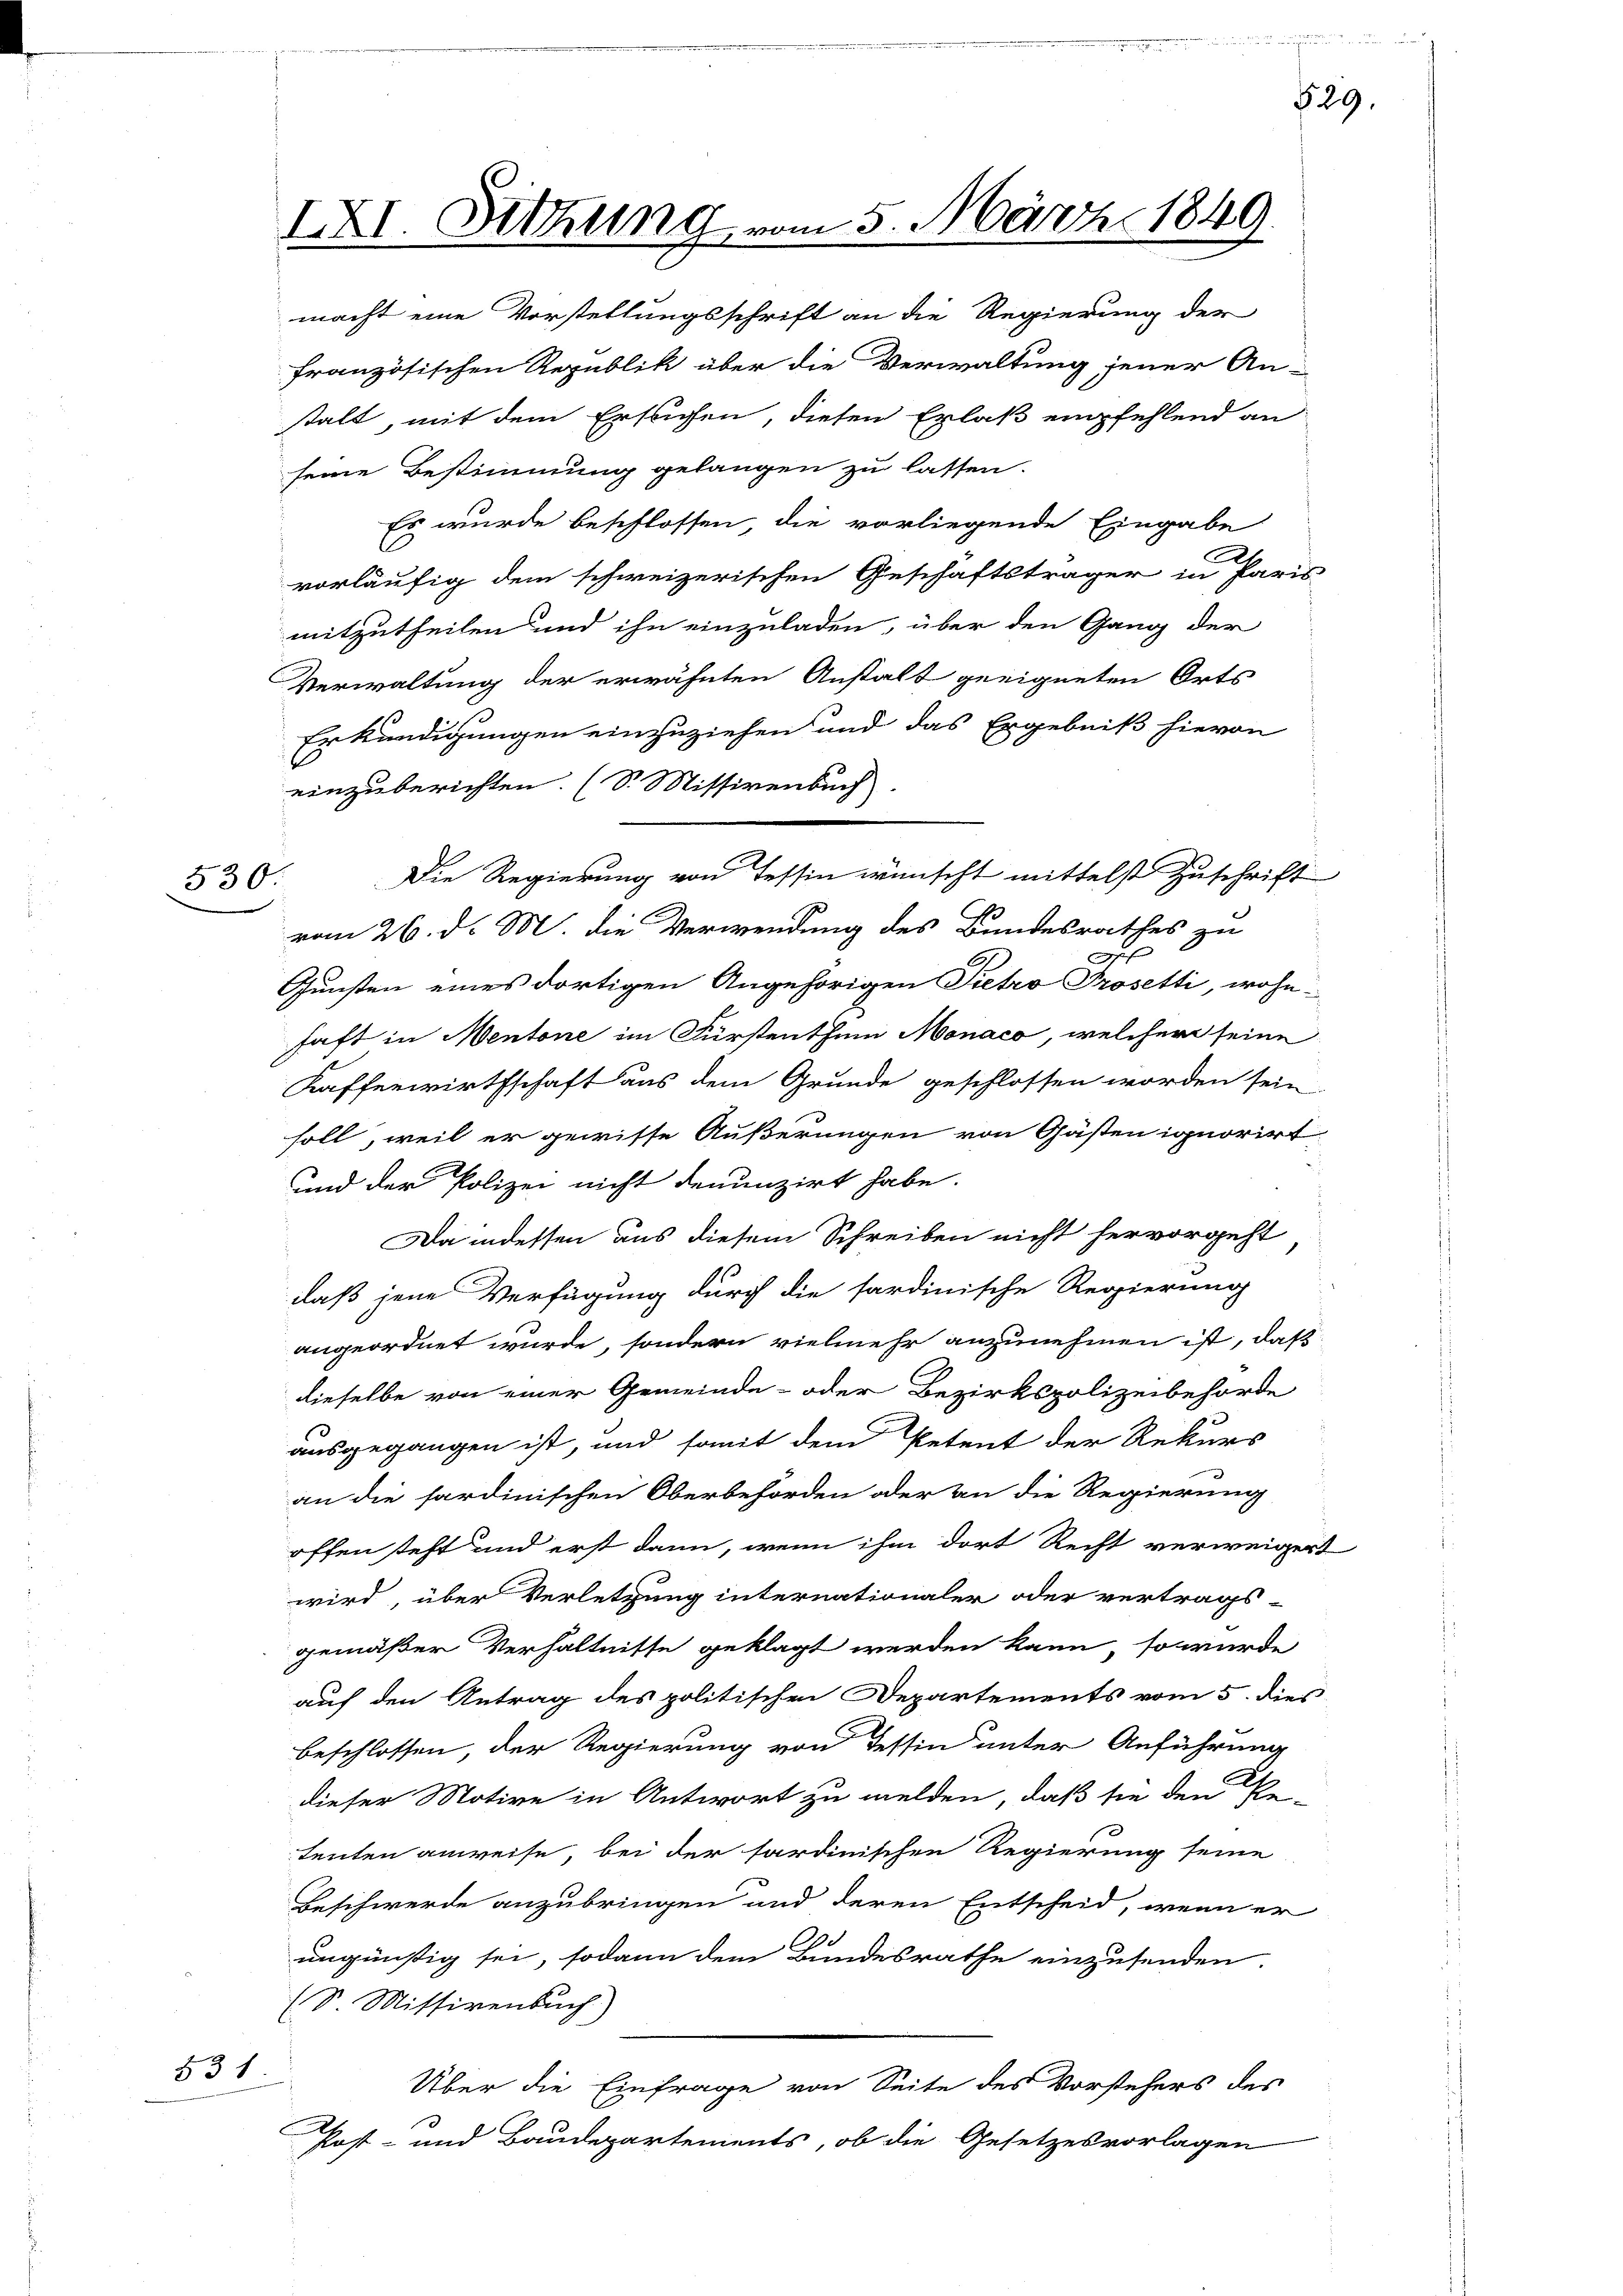
530:

e

IXI. Sitzung vom 5. März 1849.

macht eine Vorstellungsschrift an die Regierung der
französischen Republik über die Verwaltung jener An-
stalt, mit dem Erstichen, diesen Erlaß empfehlend an
seine Bestimmung gelangen zu lassen.
Es wurde beschlossen die vorliegende Eingabe
vorläufig dem schweizerischen Geschäftsträger in Paris
mitzutheilen und ihn einzuladen, über den Gang der
Verwaltung der erwähnten Anstalt geeigneten Orts
Erkundigungen einzuziehen und das Ergebniß hievon
einzuberichten. (S. Missivenbuch)
Die Regierung von Tessin wünscht mittelst Zuschrift
vom 26. d. M. die Verwendung des Bundesrathes zu
.
Gunsten eines dortigen Angehörigen Pietro Prosetti, wohn-
haft in Mentone im Fürstenthum Monaco, welcher seine
Kaffenwirthschaft aus dem Grunde geschlossen worden sein
soll, weil er gewisse Äußerungen von Gästen ignorirt
und der Polizei nicht denunzirt habe.
Da indessen aus diesem Schreiben nicht hervorgeht
daß jene Verfügung durch die sardinische Regierung
angeordnet wurde, sondern vielmehr anzunehmen ist, daß
dieselbe von einer Gemeinde- oder Bezirkspolizeibehörde
ausgegangen ist, und somit dem Petent der Rekurs
an die sardinischen Oberbehörden oder an die Regierung
offen steht und erst dann, wenn ihm dort Recht verweigert
wird, über Verletzung internationaler oder vertrags-
gemäßer Verhältnisse geklagt werden kann, so würde
auf den Antrag des politischen Departements vom 5. dies
beschlossen, der Regierung von Tessin unter Anführung
dieser Motive in Antwort zu melden, daß sie den
tenten anweise, bei der sardinischen Regierung seine
Beschwerde anzubringen und deren Entscheid, wenn er
Co
ungünstig sei, sodann dem Bundesrathe einzusenden,
(S Missivenbuch)
531
Über die Einfrage von Seite des Vorstehers des
Post- und Baudepartements, ob die Gesetzesvorlagen

629.